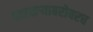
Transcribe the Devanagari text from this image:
वारकऱ्याबरोबरच